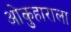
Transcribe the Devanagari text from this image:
ओकुहाराला